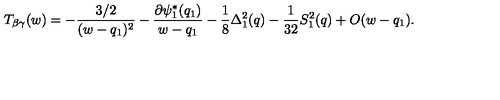
T _ { \beta \gamma } ( w ) = - { \frac { 3 / 2 } { ( w - q _ { 1 } ) ^ { 2 } } } - { \frac { \partial \psi _ { 1 } ^ { * } ( q _ { 1 } ) } { w - q _ { 1 } } } - { \frac { 1 } { 8 } } \Delta _ { 1 } ^ { 2 } ( q ) - { \frac { 1 } { 3 2 } } S _ { 1 } ^ { 2 } ( q ) + O ( w - q _ { 1 } ) .